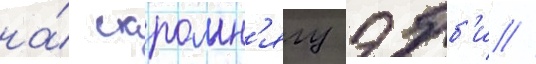
на́ скромн'ягу эбб'и //